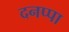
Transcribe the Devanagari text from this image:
दनप्पा